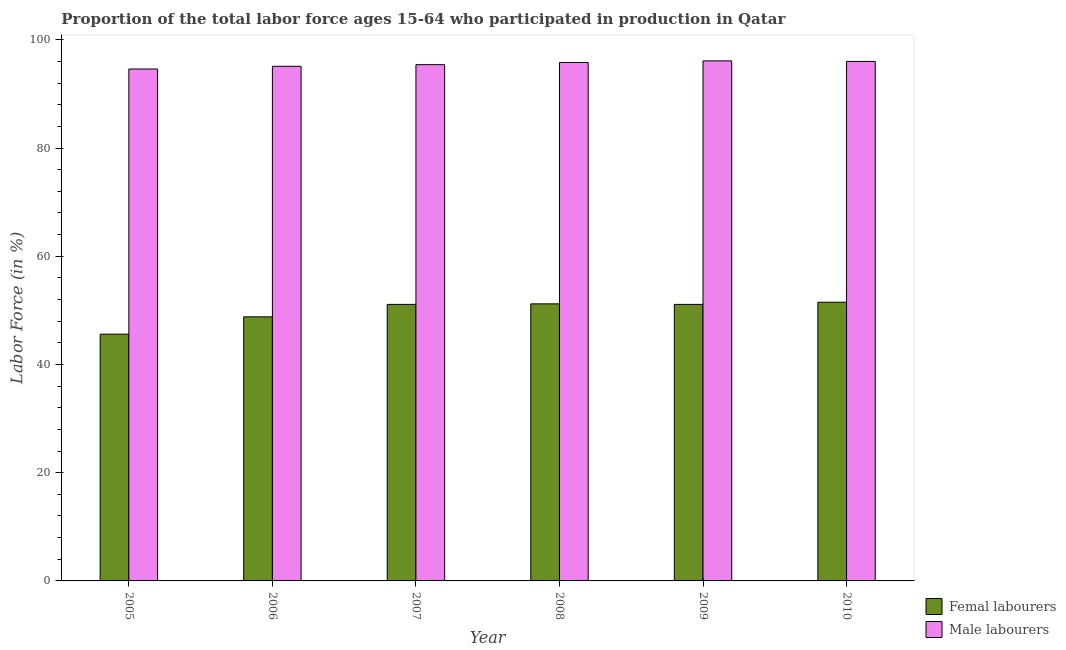
| Year | Femal labourers | Male labourers |
 | --- | --- | --- |
 | 2005 | 45.6 | 94.6 |
 | 2006 | 48.8 | 95.1 |
 | 2007 | 51.1 | 95.4 |
 | 2008 | 51.2 | 95.8 |
 | 2009 | 51.1 | 96.1 |
 | 2010 | 51.5 | 96 |